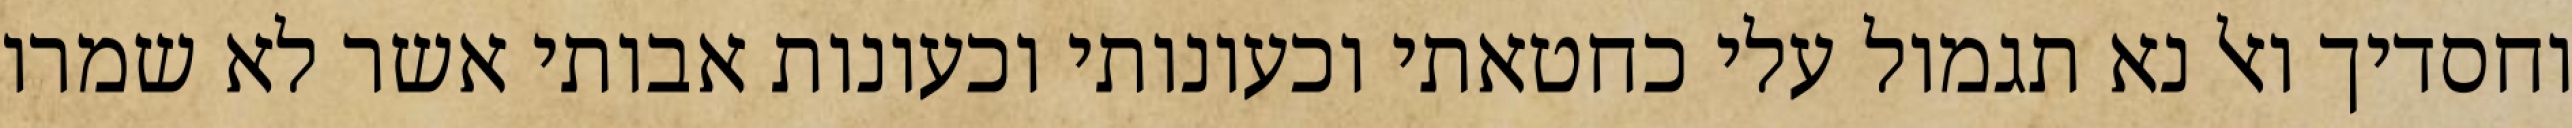
וחסדיך ואל נא תגמול עלי כחטאתי וכעונותי וכעונות אבותי אשר לא שמרו